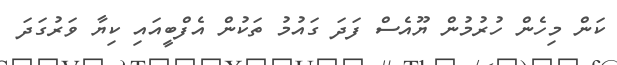
ކަން މިހެން ހުރުމުން ޔޫއެސް ފަދަ ގައުމު ތަކުން އެފްބީއައި ކިޔާ ވަރުގަދަ